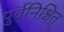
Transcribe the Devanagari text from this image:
पुर्वनिश्चित्